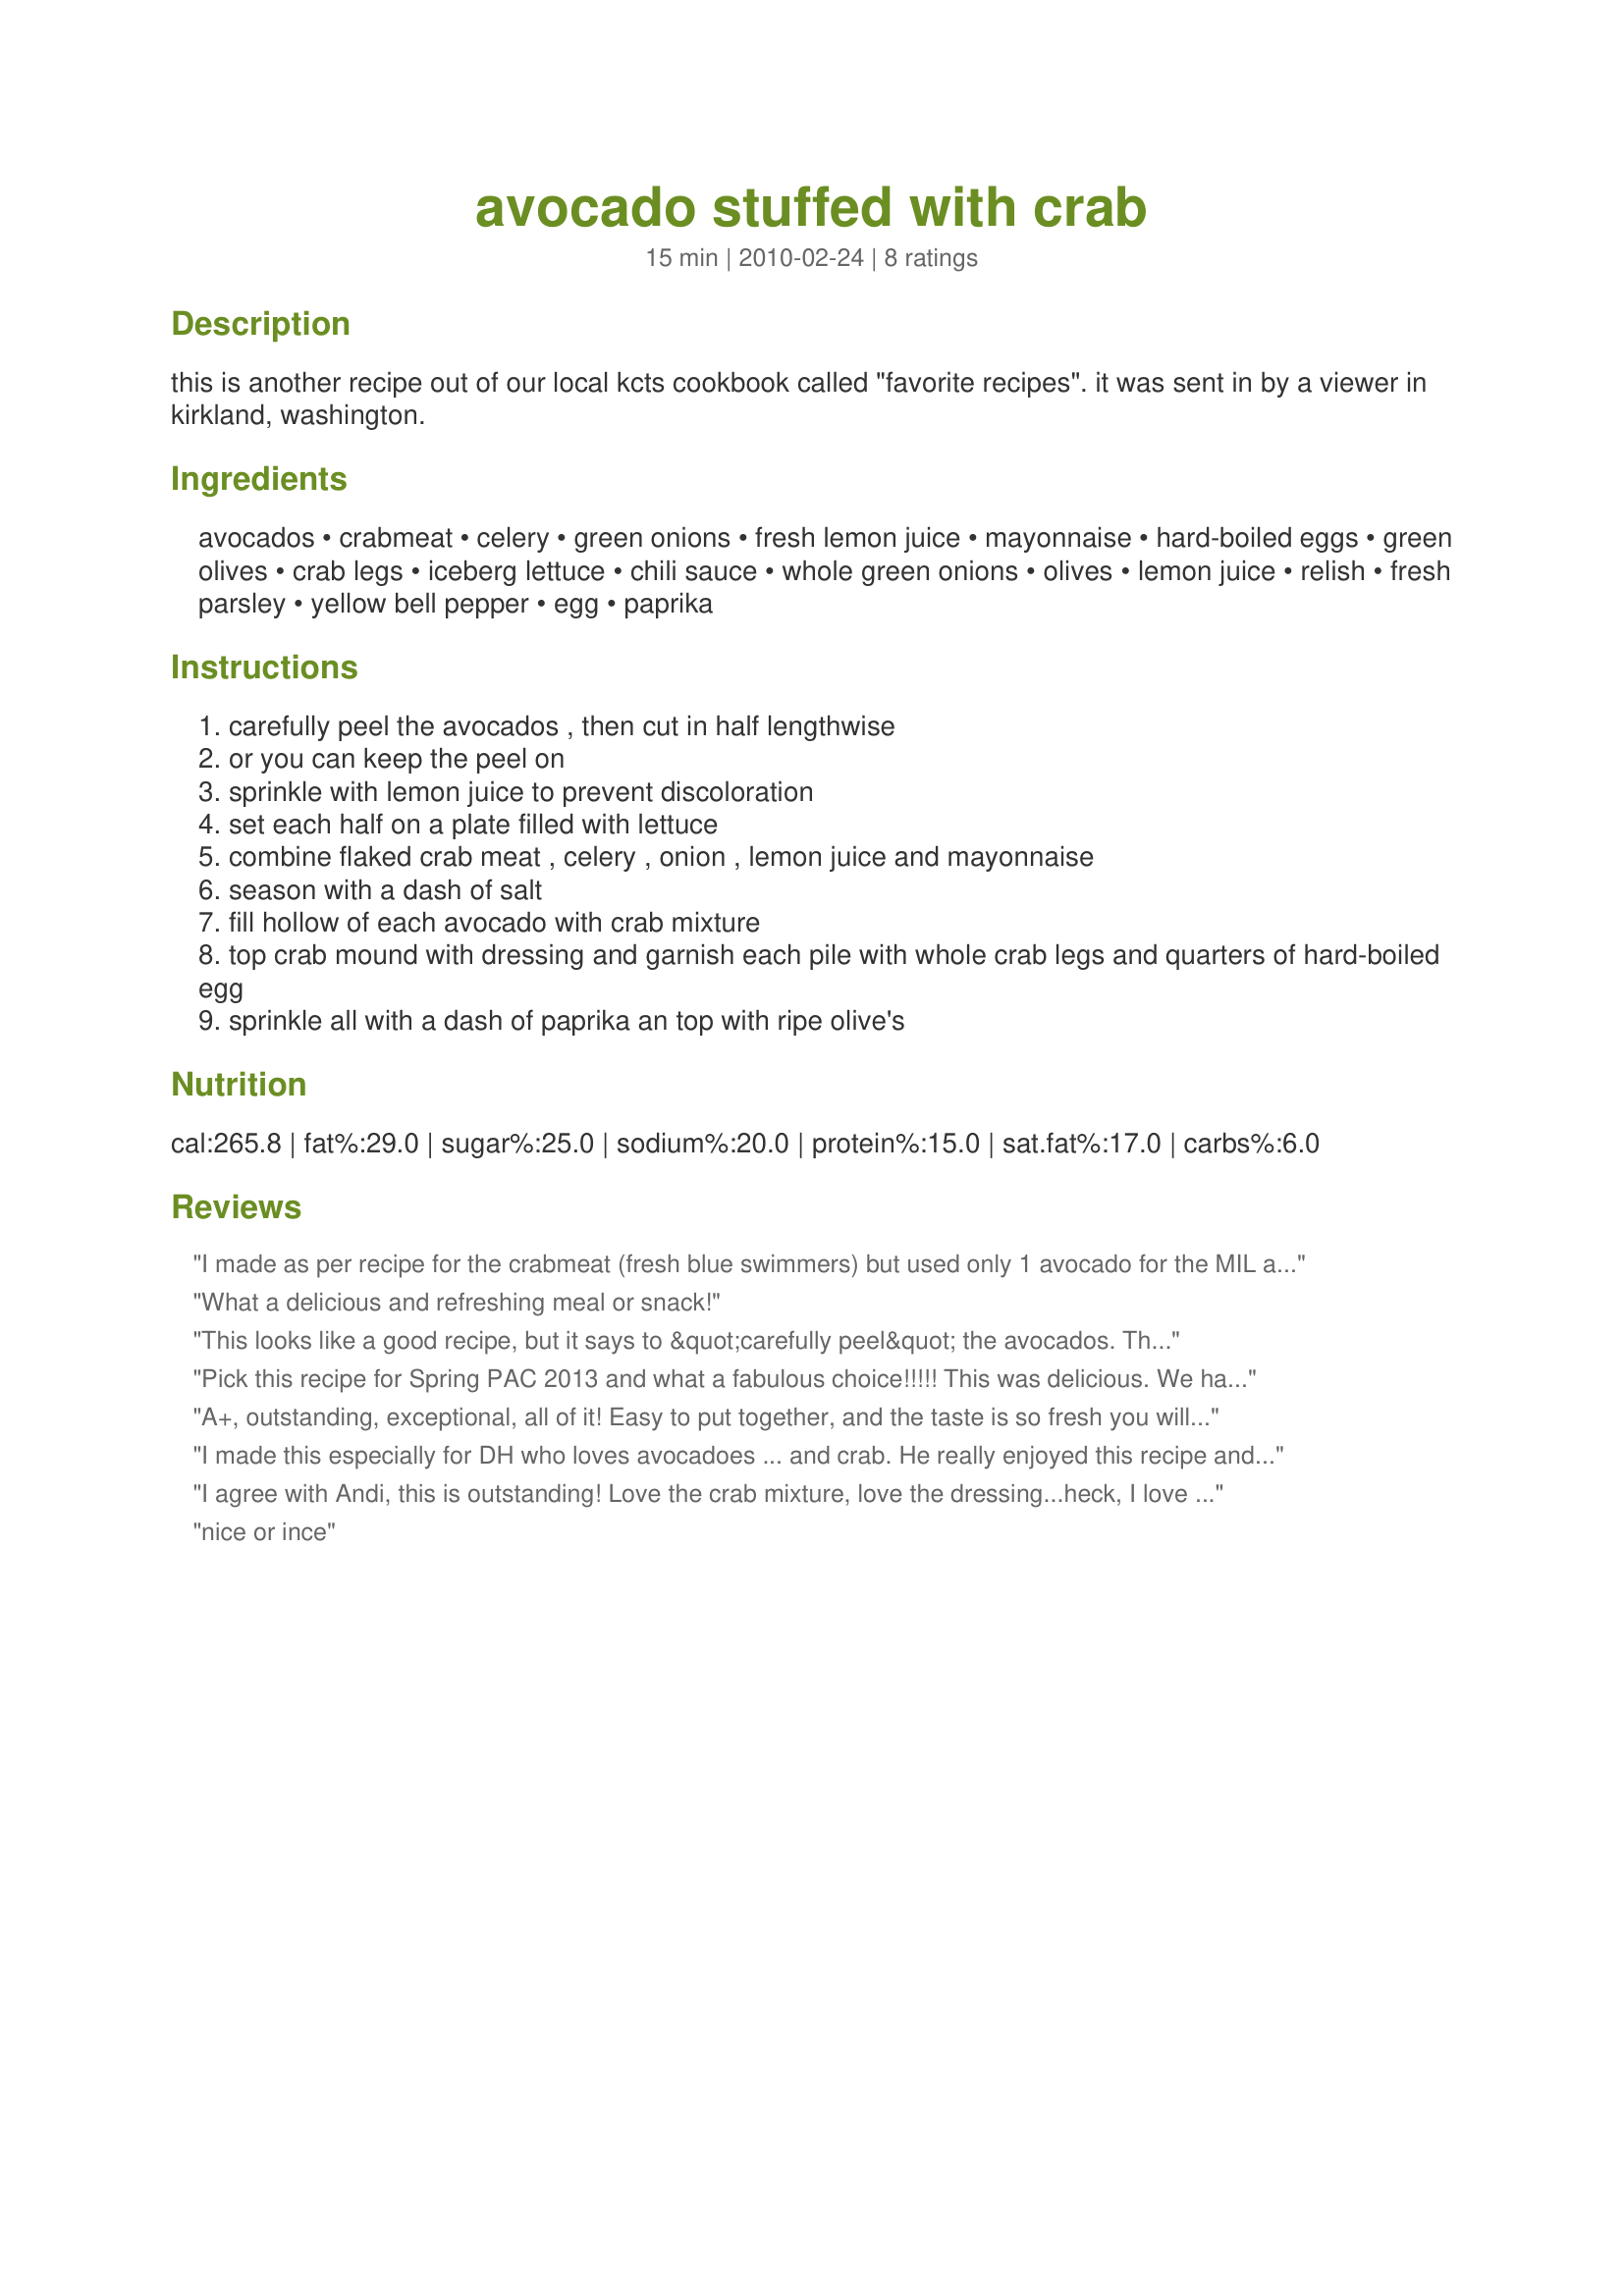
avocado stuffed with crab
Preparation time: 15 minutes

this is another recipe out of our local kcts cookbook called "favorite recipes". it was sent in by a viewer in kirkland, washington.

Ingredients:
avocados, crabmeat, celery, green onions, fresh lemon juice, mayonnaise, hard-boiled eggs, green olives, crab legs, iceberg lettuce, chili sauce, whole green onions, olives, lemon juice, relish, fresh parsley, yellow bell pepper, egg, paprika

Steps:
carefully peel the avocados , then cut in half lengthwise
or you can keep the peel on
sprinkle with lemon juice to prevent discoloration
set each half on a plate filled with lettuce
combine flaked crab meat , celery , onion , lemon juice and mayonnaise
season with a dash of salt
fill hollow of each avocado with crab mixture
top crab mound with dressing and garnish each pile with whole crab legs and quarters of hard-boiled egg
sprinkle all with a dash of paprika an top with ripe olive's

Reviews:
I made as per recipe for the crabmeat (fresh blue swimmers) but used only 1 avocado for the MIL and I and scaled the mayo back to a half recipe. This is delicious and made a great lunch for the MIL and I. I got about 1 cup of dressing from a half recipe and we used it up mixing it with fresh crab meat and serving in wholemeal/wholegrain bread/rolls. Also flicked it over a green salad - lovely. A very versatile recipe which I will continue to use maybe using chicken in place of crabmeat and serve in lettuce leaves when avocados are out of season. Thank you TeresaS for a great holiday recipe/memory.
What a delicious and refreshing meal or snack!
This looks like a good recipe, but it says to &quot;carefully peel&quot; the avocados. The picture doesn't show a peeled avocado!
Pick this recipe for Spring PAC 2013 and what a fabulous choice!!!!! This was delicious. We had some fresh avocados we brought back to Boise from California and used them. DH wants this again soon. Made as written and definately putting this into my Favorites of 2013. Thank you for posting.
A+, outstanding, exceptional, all of it! Easy to put together, and the taste is so fresh you will swear you have been in a 5-star restaurant! I didn't change anything. I kept to the recipe, and I might say, I loved the celery, all of it in this recipe. It is a must do, the celery contrasts the lighter taste of the crab. I forgot the crab legs for the photo, but it made a nice garnish....perfection plus! Made for Potluck Tag Game March 2010
I made this especially for DH who loves avocadoes ... and crab. He really enjoyed this recipe and I know I'll make it again - it's quick and easy, and full of healthy ingredients. Thanks for posting - made for Spring PAC 2012.
I agree with Andi, this is outstanding! Love the crab mixture, love the dressing...heck, I love it all! Thanks for sharing this superb salad recipe, Teresa. All of my coworkers were jealous when I brought this for lunch today. :) **Made for PRMR**
nice or ince
